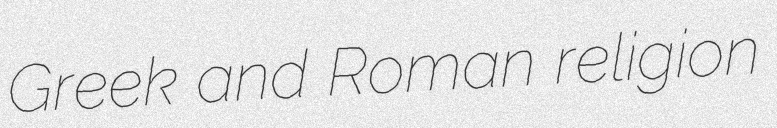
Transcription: Greek and Roman religion